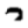
Digit: 7